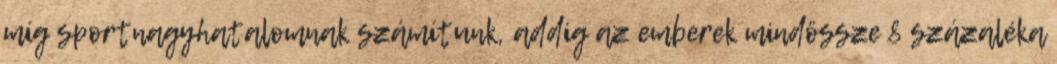
míg sportnagyhatalomnak számítunk, addig az emberek mindössze 8 százaléka